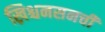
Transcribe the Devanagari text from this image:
ख्रिश्चनसनची